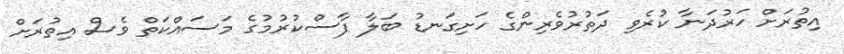
އިތުރަށް ހަރުދަނާ ކުރެވި ދަތުރުވެރިންގެ ހަށިގަނޑު ބަލާ ފާސްކުރުމުގެ މަސައްކަތް ވެސް އިތުރަށް